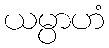
ယမ္ပာဟံ